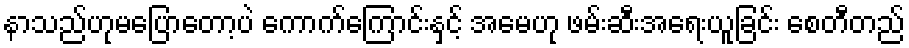
နာသည်ဟုမပြောတော့ပဲ ကောက်ကြောင်းနှင့် အမေဟု ဖမ်းဆီးအရေးယူခြင်း စေတီတည်